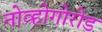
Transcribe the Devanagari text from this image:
नोव्होगोरोड